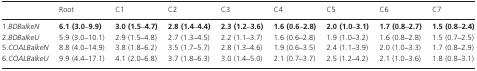
|  | Root | C1 | C2 | C3 | C4 | C5 | C6 | C7 |
 | --- | --- | --- | --- | --- | --- | --- | --- | --- |
 | 1.BDBalkeN | 6.1 (3.0–9.9) | 3.0 (1.5–4.7) | 2.8 (1.4–4.4) | 2.3 (1.2–3.6) | 1.6 (0.6–2.8) | 2.0 (1.0–3.1) | 1.7 (0.8–2.7) | 1.5 (0.8–2.4) |
 | 2.BDBalkeU | 5.9 (3.0–10.1) | 2.9 (1.5–4.8) | 2.7 (1.3–4.5) | 2.2 (1.1–3.7) | 1.6 (0.6–2.8) | 1.9 (1.0–3.2) | 1.6 (0.8–2.8) | 1.5 (0.7–2.5) |
 | 5.COALBalkeN | 8.8 (4.0–14.9) | 3.8 (1.8–6.2) | 3.5 (1.7–5.7) | 2.8 (1.3–4.6) | 1.9 (0.6–3.5) | 2.4 (1.1–3.9) | 2.0 (1.0–3.3) | 1.7 (0.8–2.9) |
 | 6.COALBalkeU | 9.9 (4.4–17.1) | 4.1 (2.0–6.8) | 3.7 (1.8–6.3) | 3.0 (1.4–5.0) | 2.1 (0.7–3.7) | 2.5 (1.2–4.2) | 2.1 (1.0–3.6) | 1.8 (0.8–3.1) |